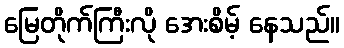
မြေတိုက်ကြီးလို အေးစိမ့် နေသည်။